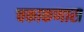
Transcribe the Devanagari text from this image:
चकाकणारा